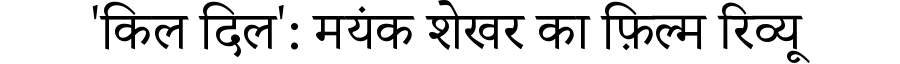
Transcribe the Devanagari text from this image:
'किल दिल': मयंक शेखर का फ़िल्म रिव्यू